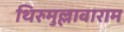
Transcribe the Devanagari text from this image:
थिरुमुल्लावाराम